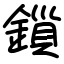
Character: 鎻